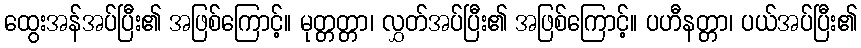
ထွေးအန်အပ်ပြီး၏ အဖြစ်ကြောင့်။ မုတ္တတ္တာ၊ လွှတ်အပ်ပြီး၏ အဖြစ်ကြောင့်။ ပဟီနတ္တာ၊ ပယ်အပ်ပြီး၏